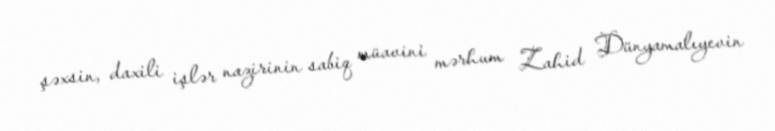
şəxsin, daxili işlər nazirinin sabiq müavini mərhum Zahid Dünyamalıyevin